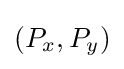
(P_{x},P_{y})